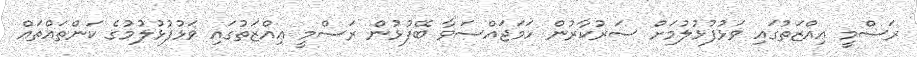
ރަސްމީ ޢިއްޒަތުގައި ވަޅުފުޅުލުމަށް ސަރުކާރުން ހަމަޖައްސަވާ ބޭފުޅުން ރަސްމީ ޢިއްޒަތުގައި ވަޅުފުޅުލުމުގެ ކަންތައްތައް